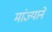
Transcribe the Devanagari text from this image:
मांज्याने